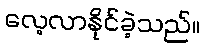
လေ့လာနိုင်ခဲ့သည်။